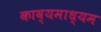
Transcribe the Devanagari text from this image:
काव्यमाध्यम